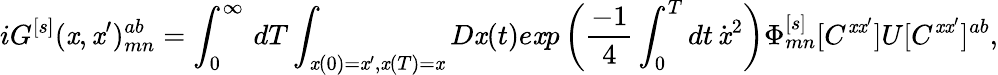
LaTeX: iG^{[s]}(\mathit{x},\mathit{x}^{\prime})_{mn}^{ab}=\int_{0}^{\infty}\, dT\int_{\mathit{x}(0)=\mathit{x}^{\prime},\mathit{x}(T)=\mathit{x}}D\mathit{x}(t)e\mathit{x}p\left({\frac{{-1}}{{4}}}\int_{0}^{T}dt\, \dot{{\mathit{x}}}^{2}\right)\Phi_{mn}^{[s]}[C^{\mathit{x}\mathit{x}^{\prime}}]U[C^{\mathit{x}\mathit{x}^{\prime}}]^{ab},